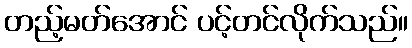
တည့်မတ်အောင် ပင့်တင်လိုက်သည်။